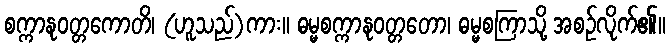
စက္ကာနုဝတ္တကောတိ၊ (ဟူသည်)ကား။ ဓမ္မစက္ကာနုဝတ္တတော၊ ဓမ္မစကြာသို့ အစဉ်လိုက်၏။